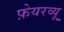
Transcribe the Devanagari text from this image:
फ़ेयरव्यू